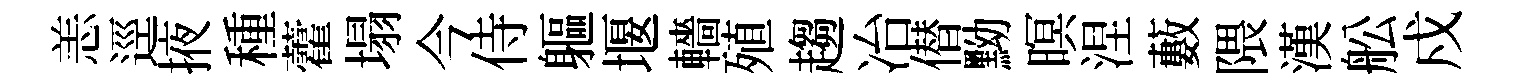
恙逕掖種藿塌今侍軀堰轖殖趨冶僣黝暝涅藪隈漢舩戍